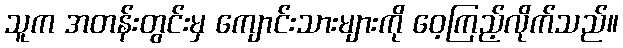
သူက အတန်းတွင်းမှ ကျောင်းသားများကို ဝေ့ကြည့်လိုက်သည်။